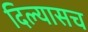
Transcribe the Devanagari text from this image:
दिल्यासच